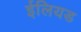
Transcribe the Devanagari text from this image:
ईलियड